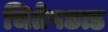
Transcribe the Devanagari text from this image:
चितेपछाड